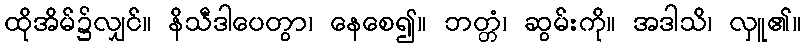
ထိုအိမ်၌လျှင်။ နိသီဒါပေတွာ၊ နေစေ၍။ ဘတ္တံ၊ ဆွမ်းကို။ အဒါသိ၊ လှူ၏။